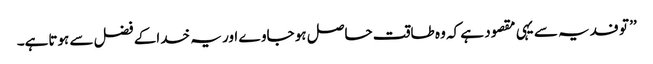
’’ تو فدیہ سے یہی مقصود ہے کہ وہ طاقت حاصل ہو جاوے اور یہ خداکے فضل سے ہوتاہے۔